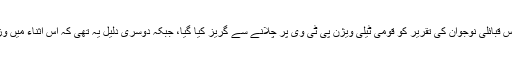
ان باتوں کی سچائی کی پہلی دلیل یہ تھی کہ دیگر تقاریر کے برعکس اس قبائلی نوجوان کی تقریر کو قومی ٹیلی ویژن پی ٹی وی پر چلانے سے گریز کیا گیا، جبکہ دوسری دلیل یہ تھی کہ اس اثناء میں وزیرداخلہ صاحب نے ایوان سے واک آؤٹ کرکے اسے سچا ثابت کر دیا۔